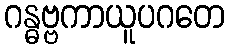
ဂန္ဓဗ္ဗကာယူပဂတေ